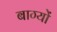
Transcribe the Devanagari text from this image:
बाग्यों